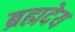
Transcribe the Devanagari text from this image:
ब्रह्मदेय